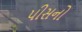
પીસનો